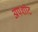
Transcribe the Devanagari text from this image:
अपशॉट